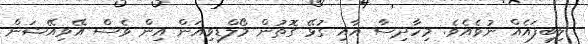
ލިބިފައެއް ނުވެއެވެ. މިހާދިސާ އާއި ގުޅޭ ގޮތުން މޯލްޑިވިއަން އިން ވެސް އޭވިއޭޝަން